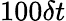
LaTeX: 100\delta t